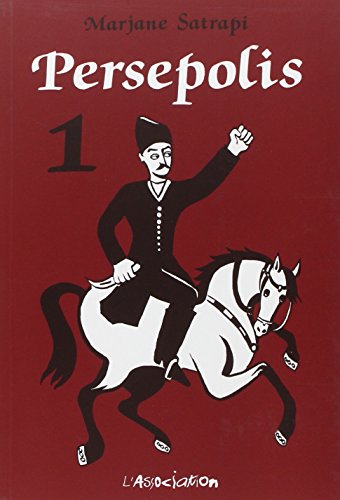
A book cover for Persepolis: Persepolis 1 (French Edition); Marjane Satrapi; History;